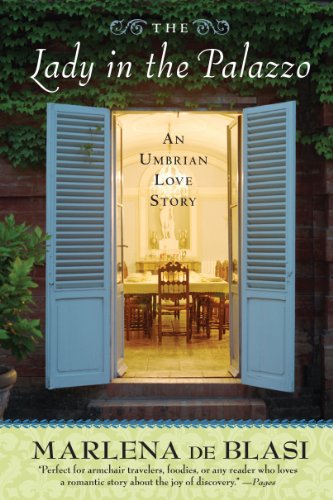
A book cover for The Lady in the Palazzo: An Umbrian Love Story; Marlena de Blasi; Travel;